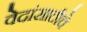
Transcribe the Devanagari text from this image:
वेदांसाठीचे